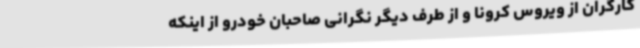
کارگران از ویروس کرونا و از طرف دیگر نگرانی صاحبان خودرو از اینکه